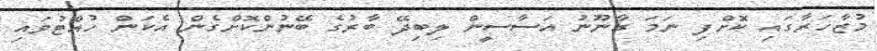
މުޒާހަރާގައި ކޮށްފި ނަމަ ގާނޫނު އަސާސީން ލިބިދޭ ބާރުގެ ބޭނުންކޮށްގެން އެކަން ހުއްޓުވައި